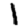
Digit: 1